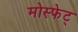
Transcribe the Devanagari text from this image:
मोस्फेट्